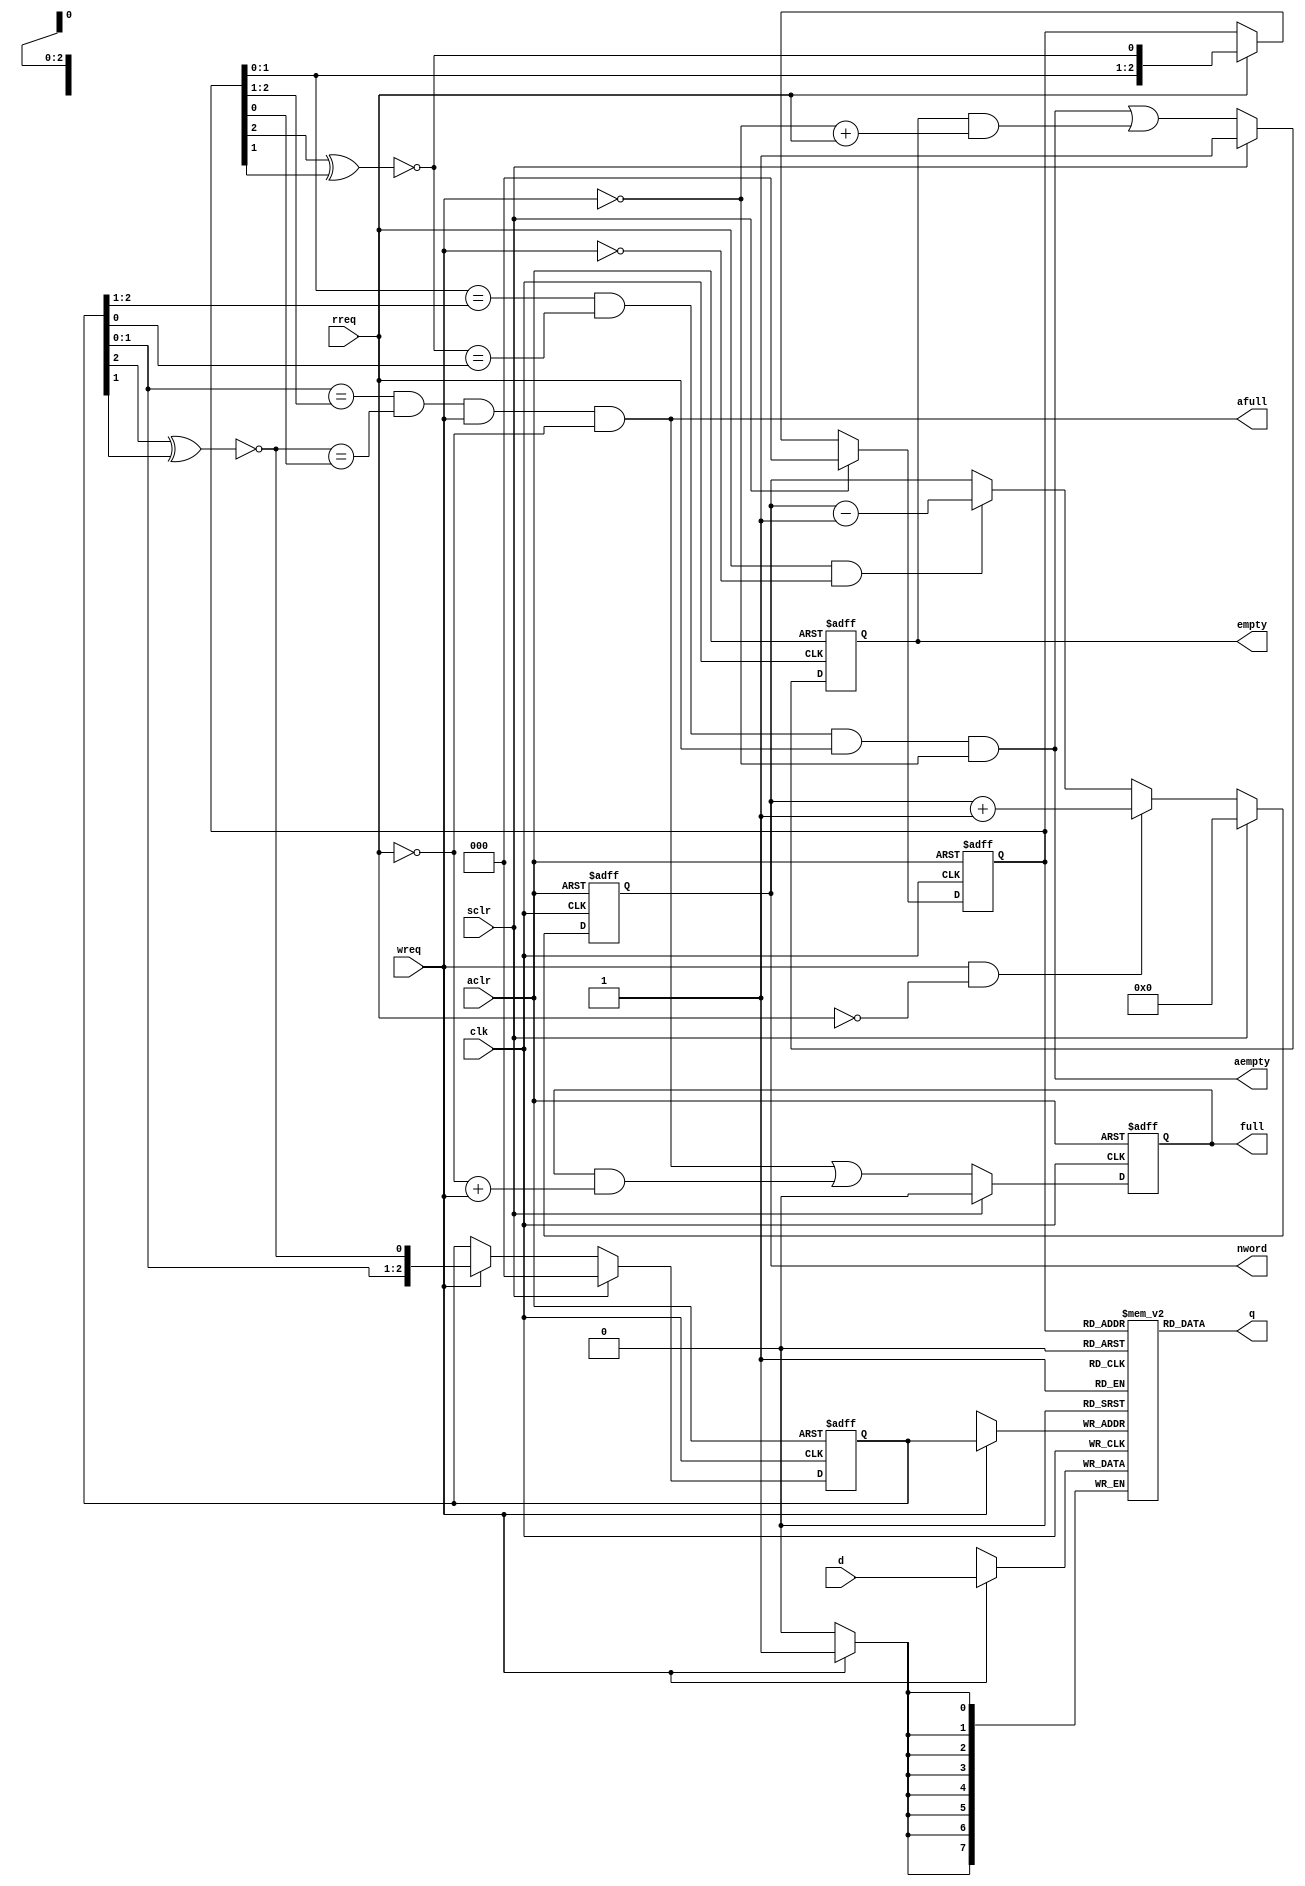
module vga_fifo (
	clk,
	aclr,
	sclr,
	wreq,
	rreq,
	d,
	q,
	nword,
	empty,
	full,
	aempty,
	afull
	);

	//
	// parameters
	//
	parameter aw =  3;                         // no.of entries (in bits; 2^7=128 entries)
	parameter dw =  8;                         // datawidth (in bits)

	//
	// inputs & outputs
	//
	input             clk;                     // master clock
	input             aclr;                    // asynchronous active low reset
	input             sclr;                    // synchronous active high reset

	input             wreq;                    // write request
	input             rreq;                    // read request
	input  [dw:1]     d;                       // data-input
	output [dw:1]     q;                       // data-output

	output [aw:0]     nword;                   // number of words in FIFO

	output            empty;                   // fifo empty
	output            full;                    // fifo full

	output            aempty;                  // fifo asynchronous/almost empty (1 entry left)
	output            afull;                   // fifo asynchronous/almost full (1 entry left)

	reg [aw:0] nword;
	reg        empty, full;

	//
	// Module body
	//
	reg  [aw:1] rp, wp;
	wire [dw:1] ramq;
	wire fwreq, frreq;

//        wire      dummy_wire = mem [0][0];
   
`ifdef VGA_FIFO_ALL_ENTRIES
	function lsb;
	   input [aw:1] q;
	   case (aw)
	       2: lsb = ~q[2];
	       3: lsb = &q[aw-1:1] ^ ~(q[3] ^ q[2]);
	       4: lsb = &q[aw-1:1] ^ ~(q[4] ^ q[3]);
	       5: lsb = &q[aw-1:1] ^ ~(q[5] ^ q[3]);
	       6: lsb = &q[aw-1:1] ^ ~(q[6] ^ q[5]);
	       7: lsb = &q[aw-1:1] ^ ~(q[7] ^ q[6]);
	       8: lsb = &q[aw-1:1] ^ ~(q[8] ^ q[6] ^ q[5] ^ q[4]);
	       9: lsb = &q[aw-1:1] ^ ~(q[9] ^ q[5]);
	      10: lsb = &q[aw-1:1] ^ ~(q[10] ^ q[7]);
	      11: lsb = &q[aw-1:1] ^ ~(q[11] ^ q[9]);
	      12: lsb = &q[aw-1:1] ^ ~(q[12] ^ q[6] ^ q[4] ^ q[1]);
	      13: lsb = &q[aw-1:1] ^ ~(q[13] ^ q[4] ^ q[3] ^ q[1]);
	      14: lsb = &q[aw-1:1] ^ ~(q[14] ^ q[5] ^ q[3] ^ q[1]);
	      15: lsb = &q[aw-1:1] ^ ~(q[15] ^ q[14]);
	      16: lsb = &q[aw-1:1] ^ ~(q[16] ^ q[15] ^ q[13] ^ q[4]);
	   endcase
	endfunction
`else
	function lsb;
	   input [aw:1] q;
	   case (aw)
	       2: lsb = ~q[2];
	       3: lsb = ~(q[3] ^ q[2]);
	       4: lsb = ~(q[4] ^ q[3]);
	       5: lsb = ~(q[5] ^ q[3]);
	       6: lsb = ~(q[6] ^ q[5]);
	       7: lsb = ~(q[7] ^ q[6]);
	       8: lsb = ~(q[8] ^ q[6] ^ q[5] ^ q[4]);
	       9: lsb = ~(q[9] ^ q[5]);
	      10: lsb = ~(q[10] ^ q[7]);
	      11: lsb = ~(q[11] ^ q[9]);
	      12: lsb = ~(q[12] ^ q[6] ^ q[4] ^ q[1]);
	      13: lsb = ~(q[13] ^ q[4] ^ q[3] ^ q[1]);
	      14: lsb = ~(q[14] ^ q[5] ^ q[3] ^ q[1]);
	      15: lsb = ~(q[15] ^ q[14]);
	      16: lsb = ~(q[16] ^ q[15] ^ q[13] ^ q[4]);
	   endcase
	endfunction
`endif

`ifdef RW_CHECK
  assign fwreq = wreq & ~full;
  assign frreq = rreq & ~empty;
`else
  assign fwreq = wreq;
  assign frreq = rreq;
`endif

	//
	// hookup read-pointer
	//
	always @(posedge clk or negedge aclr)
	  // Vennsa: removed the delay in the assignment; original: if (~aclr)      rp <= #1 0;
      if (~aclr)      rp <= 0;
	  else if (sclr)  rp <= 0;
	  else if (frreq) rp <= {rp[aw-1:1], lsb(rp)};

	//
	// hookup write-pointer
	//
	always @(posedge clk or negedge aclr)
	  // Vennsa: removed the delay in the assignment; original: if (~aclr)      wp <= #1 0;
	  if (~aclr)      wp <= 0;
	  else if (sclr)  wp <= 0;
	  else if (fwreq) wp <= {wp[aw-1:1], lsb(wp)};


	//
	// hookup memory-block
	//
	reg [dw:1] mem [(1<<aw) -1:0];

	// memory array operations
	always @(posedge clk)
	  if (fwreq)
	    mem[wp] <= #1 d;

	assign q = mem[rp];


	// generate full/empty signals
	assign aempty = (rp[aw-1:1] == wp[aw:2]) & (lsb(rp) == wp[1]) & frreq & ~fwreq;
	always @(posedge clk or negedge aclr)
	  // Vennsa: removed the delay in the assignment; original: empty <= #1 1'b1; 
	  if (~aclr)
	    empty <= 1'b1;
	  else if (sclr)
	    empty <= 1'b1;
	  else
	    empty <= aempty | (empty & (~fwreq + frreq));

	assign afull = (wp[aw-1:1] == rp[aw:2]) & (lsb(wp) == rp[1]) & fwreq & ~frreq;
	always @(posedge clk or negedge aclr)
	  if (~aclr)
	    full <= #1 1'b0;
	  else if (sclr)
	    full <= #1 1'b0;
	  else
	    full <= #1 afull | ( full & (~frreq + fwreq) );

	// number of words in fifo
	always @(posedge clk or negedge aclr)
	  if (~aclr)
	    nword <= #1 0;
	  else if (sclr)
	    nword <= #1 0;
	  else
	    begin
	        if (wreq & !rreq)
	          nword <= #1 nword +1;
	        else if (rreq & !wreq)
	          nword <= #1 nword -1;
	    end

	//
	// Simulation checks
	//
	// synopsys translate_off
	always @(posedge clk)
	  if (full & fwreq)
	    $display("Writing while FIFO full (%m)\n");

	always @(posedge clk)
	  if (empty & frreq)
	    $display("Reading while FIFO empty (%m)\n");
	// synopsys translate_on
endmodule